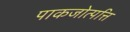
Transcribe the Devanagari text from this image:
पाकजोत्पत्ति